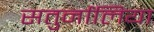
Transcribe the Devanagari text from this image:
सतुर्नालिया